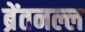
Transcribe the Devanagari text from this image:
ब्रेंतनल्ल